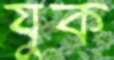
যুক